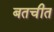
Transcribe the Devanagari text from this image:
बतचीत